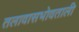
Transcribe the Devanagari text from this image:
तलावासभोवताली